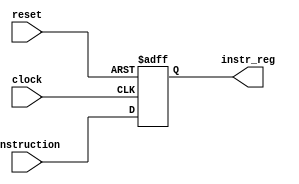
`timescale 1ns / 1ps

module IF_MR (clock, reset, instruction, instr_reg);
	
	input clock, reset;
	input [31:0] instruction;
	output reg [31:0] instr_reg;
	
	always @ (posedge clock or negedge reset)
	begin
		if (!reset)
			instr_reg <= 0;
		else
			instr_reg <= instruction;
	end
	
endmodule